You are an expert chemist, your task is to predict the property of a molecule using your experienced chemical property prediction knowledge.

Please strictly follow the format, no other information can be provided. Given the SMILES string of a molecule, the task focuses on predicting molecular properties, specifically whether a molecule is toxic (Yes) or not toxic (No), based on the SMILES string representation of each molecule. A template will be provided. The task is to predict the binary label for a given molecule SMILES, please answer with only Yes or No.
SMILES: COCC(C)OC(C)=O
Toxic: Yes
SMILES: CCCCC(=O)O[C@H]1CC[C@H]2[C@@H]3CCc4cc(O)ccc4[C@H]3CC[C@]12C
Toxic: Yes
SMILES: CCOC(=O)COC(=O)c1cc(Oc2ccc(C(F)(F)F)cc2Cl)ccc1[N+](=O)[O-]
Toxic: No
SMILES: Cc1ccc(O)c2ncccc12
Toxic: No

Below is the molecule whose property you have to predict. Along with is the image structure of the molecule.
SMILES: CC(C)Nc1ccc(Nc2ccccc2)cc1
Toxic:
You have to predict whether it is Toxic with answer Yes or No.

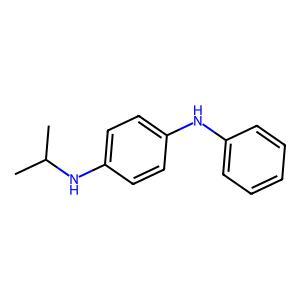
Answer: No